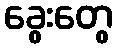
ခွေးတွေ